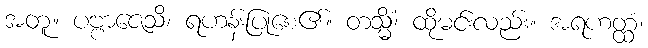
အတူ။ ပဗ္ဗာဇေသိ၊ ရဟန်းပြုစေ၏။ တသ္မိံ၊ ထိုမင်းလည်း။ အရဟတ္ထံ၊